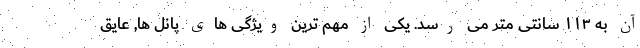
آن به ۱۱۳ سانتی متر می رسد. یکی از مهم ترین ویژگی های پانل ها, عایق